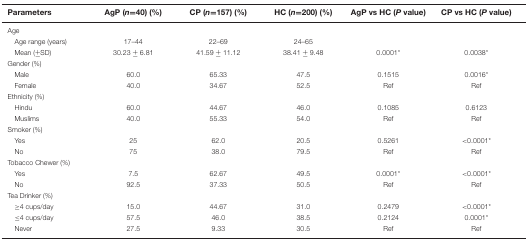
<table><thead><tr><td><b>Parameters</b></td><td><b>AgP (<i>n</i>=40) (%)</b></td><td><b>CP (<i>n</i>=157) (%)</b></td><td><b>HC (<i>n</i>=200) (%)</b></td><td><b>AgP vs HC (<i>P</i> value)</b></td><td><b>CP vs HC (<i>P</i> value)</b></td></tr></thead><tbody><tr><td>Age</td><td></td><td></td><td></td><td></td><td></td></tr><tr><td> Age range (years)</td><td>17–44</td><td>22–69</td><td>24–65</td><td></td><td></td></tr><tr><td> Mean (±SD)</td><td>30.23 ± 6.81</td><td>41.59 ± 11.12</td><td>38.41 ± 9.48</td><td>0.0001*</td><td>0.0038*</td></tr><tr><td>Gender (%)</td><td></td><td></td><td></td><td></td><td></td></tr><tr><td> Male</td><td>60.0</td><td>65.33</td><td>47.5</td><td>0.1515</td><td>0.0016*</td></tr><tr><td> Female</td><td>40.0</td><td>34.67</td><td>52.5</td><td>Ref</td><td>Ref</td></tr><tr><td>Ethnicity (%)</td><td></td><td></td><td></td><td></td><td></td></tr><tr><td> Hindu</td><td>60.0</td><td>44.67</td><td>46.0</td><td>0.1085</td><td>0.6123</td></tr><tr><td> Muslims</td><td>40.0</td><td>55.33</td><td>54.0</td><td>Ref</td><td>Ref</td></tr><tr><td>Smoker (%)</td><td></td><td></td><td></td><td></td><td></td></tr><tr><td> Yes</td><td>25</td><td>62.0</td><td>20.5</td><td>0.5261</td><td>&lt;0.0001*</td></tr><tr><td> No</td><td>75</td><td>38.0</td><td>79.5</td><td>Ref</td><td>Ref</td></tr><tr><td>Tobacco Chewer (%)</td><td></td><td></td><td></td><td></td><td></td></tr><tr><td> Yes</td><td>7.5</td><td>62.67</td><td>49.5</td><td>0.0001*</td><td>&lt;0.0001*</td></tr><tr><td> No</td><td>92.5</td><td>37.33</td><td>50.5</td><td>Ref</td><td>Ref</td></tr><tr><td>Tea Drinker (%)</td><td></td><td></td><td></td><td></td><td></td></tr><tr><td> ≥4 cups/day</td><td>15.0</td><td>44.67</td><td>31.0</td><td>0.2479</td><td>&lt;0.0001*</td></tr><tr><td> ≤4 cups/day</td><td>57.5</td><td>46.0</td><td>38.5</td><td>0.2124</td><td>0.0001*</td></tr><tr><td> Never</td><td>27.5</td><td>9.33</td><td>30.5</td><td>Ref</td><td>Ref</td></tr></tbody></table>